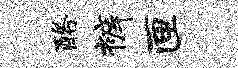
酪裤匣